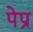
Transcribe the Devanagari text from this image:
पेप्र